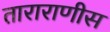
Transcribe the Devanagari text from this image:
ताराराणीस